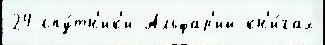
24 спу́тн'ик'и Альфар'ий кн'и́гах